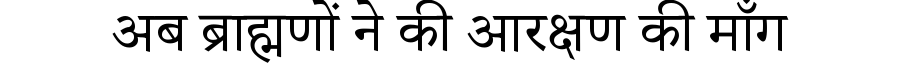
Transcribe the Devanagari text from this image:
अब ब्राह्मणों ने की आरक्षण की माँग